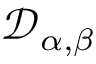
\mathcal { D } _ { \alpha , \beta }